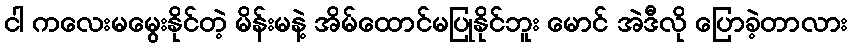
ငါ ကလေးမမွေးနိုင်တဲ့ မိန်းမနဲ့ အိမ်ထောင်မပြုနိုင်ဘူး မောင် အဲဒီလို ပြောခဲ့တာလား